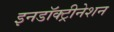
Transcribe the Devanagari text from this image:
इनडॉक्ट्रीनेशन